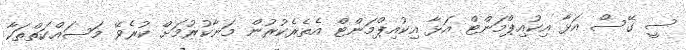
ސީ ގޭސް އަޅާ އިކުއިޕްމަންޓް އަޅާ އިކުއިޕްމަންޓް އެތެރެކުރުން މަނާކުރުމަށް ކުރެވޭ މަސައްކަތްތަކާ